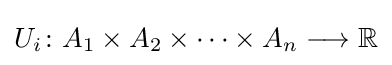
U_{i}\colon A_{1}\times A_{2}\times \cdots \times A_{n}\longrightarrow \mathbb {R}